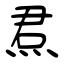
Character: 焄